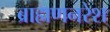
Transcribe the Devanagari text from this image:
ब्राह्मणनरेश